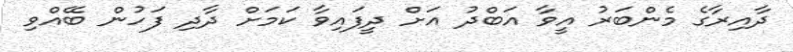
ދާއިރާގެ މެންބަރު އީވާ އަބްދު އަށް ދީފައިވާ ކަމަށް ދާދި ފަހުން ބޭއްވި